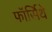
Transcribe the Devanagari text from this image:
फॉर्सिथे